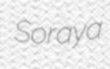
Soraya